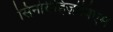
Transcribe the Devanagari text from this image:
सिनोरीहिज़ोबिएम